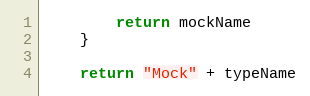
Language: Go
		return mockName
	}

	return "Mock" + typeName